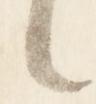
々